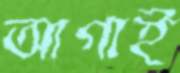
আগাই